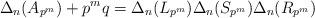
LaTeX: \begin{align*} \Delta_n(A_{p^m}) +p^mq = \Delta_n(L_{p^m}) \Delta_n(S_{p^m}) \Delta_n(R_{p^m}) \end{align*}